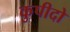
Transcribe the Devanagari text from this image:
कुपीदो